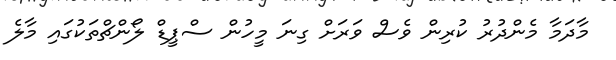
މާދަމާ މެންދުރު ކުރިން ވެސް ވަރަށް ގިނަ މީހުން ސްޕީޑް ލޯންޗްތަކުގައި މާލެ